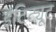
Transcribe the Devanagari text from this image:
इंटिट्यूट